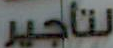
لتأجير